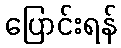
ပြောင်းရန်